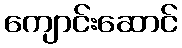
ကျောင်းဆောင်